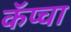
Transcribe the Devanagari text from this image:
कॅप्चा